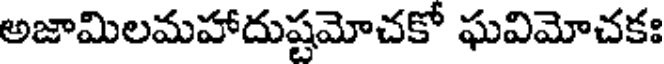
అజామిలమహాదుష్టమోచకో ఘవిమోచకః